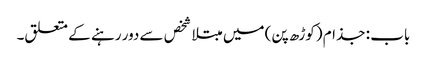
باب : جذام (کوڑھ پن) میں مبتلا شخص سے دور رہنے کے متعلق۔